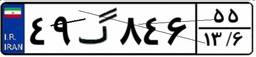
۴۹گ۸۴۶۵۵